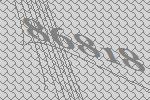
86818